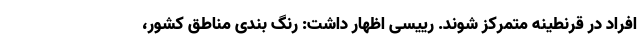
افراد در قرنطینه متمرکز شوند. رییسی اظهار داشت: رنگ بندی مناطق کشور،